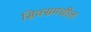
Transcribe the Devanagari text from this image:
सिक्समधील